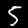
Label: 5